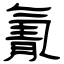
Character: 氰